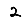
Digit: 2